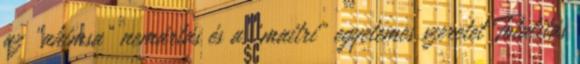
az „ahimsa” nemártás és a „maitri” egyetemes szeretet Totalitás